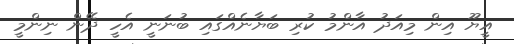
އީޔޫ އިން މިއަދު އާންމު ކުރި ބަޔާނެއްގައި ބުނަނީ އެހީ ދޭން ނިންމީ